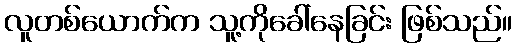
လူတစ်ယောက်က သူ့ကိုခေါ်နေခြင်း ဖြစ်သည်။